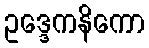
ဥဒ္ဒေကနိကော